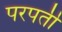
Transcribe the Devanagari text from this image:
परपर्ती